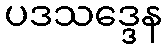
ပဒသဒ္ဒေန